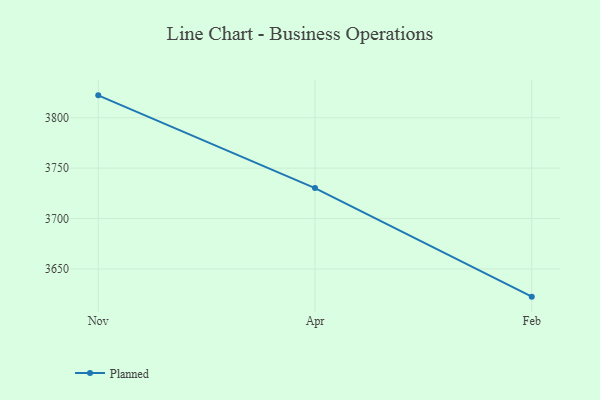
{"axis": {"x": "Month", "y": "Inventory Turnover"}, "legend": ["Planned"], "data": [{"x": "Nov", "y": 3822.2, "type": "Planned"}, {"x": "Apr", "y": 3730.2, "type": "Planned"}, {"x": "Feb", "y": 3622.5, "type": "Planned"}]}